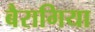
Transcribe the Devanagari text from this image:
बैरागिया